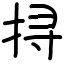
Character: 挦